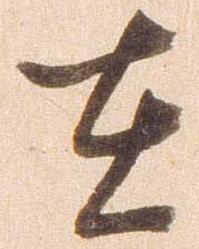
在